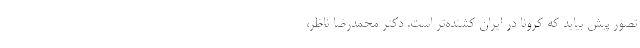
تصور پیش بیاید که کرونا در ایران کُشنده‌تر است. دکتر محمدرضا ناظر،